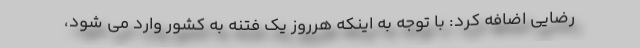
رضایی اضافه کرد: با توجه به اینکه هرروز یک فتنه به کشور وارد می شود،